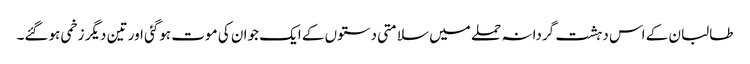
طالبان کے اس دہشت گردانہ حملے میں سلامتی دستوں کے ایک جوان کی موت ہوگئی اور تین دیگر زخمی ہوگئے۔